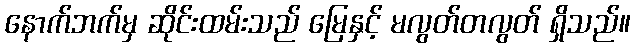
နောက်ဘက်မှ ဆိုင်းထမ်းသည် မြေနှင့် မလွတ်တလွတ် ရှိသည်။